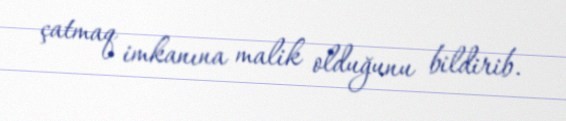
çatmaq imkanına malik olduğunu bildirib.